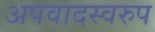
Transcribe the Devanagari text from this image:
अपवादस्वरुप